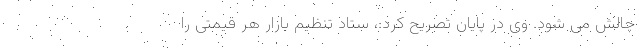
چالش می شود. وی در پایان تصریح کرد:، ستاد تنظیم بازار هر قیمتی را